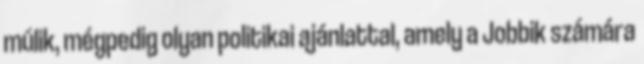
múlik, mégpedig olyan politikai ajánlattal, amely a Jobbik számára